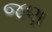
જણ